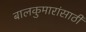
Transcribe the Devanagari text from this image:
बालकुमारांसाठी